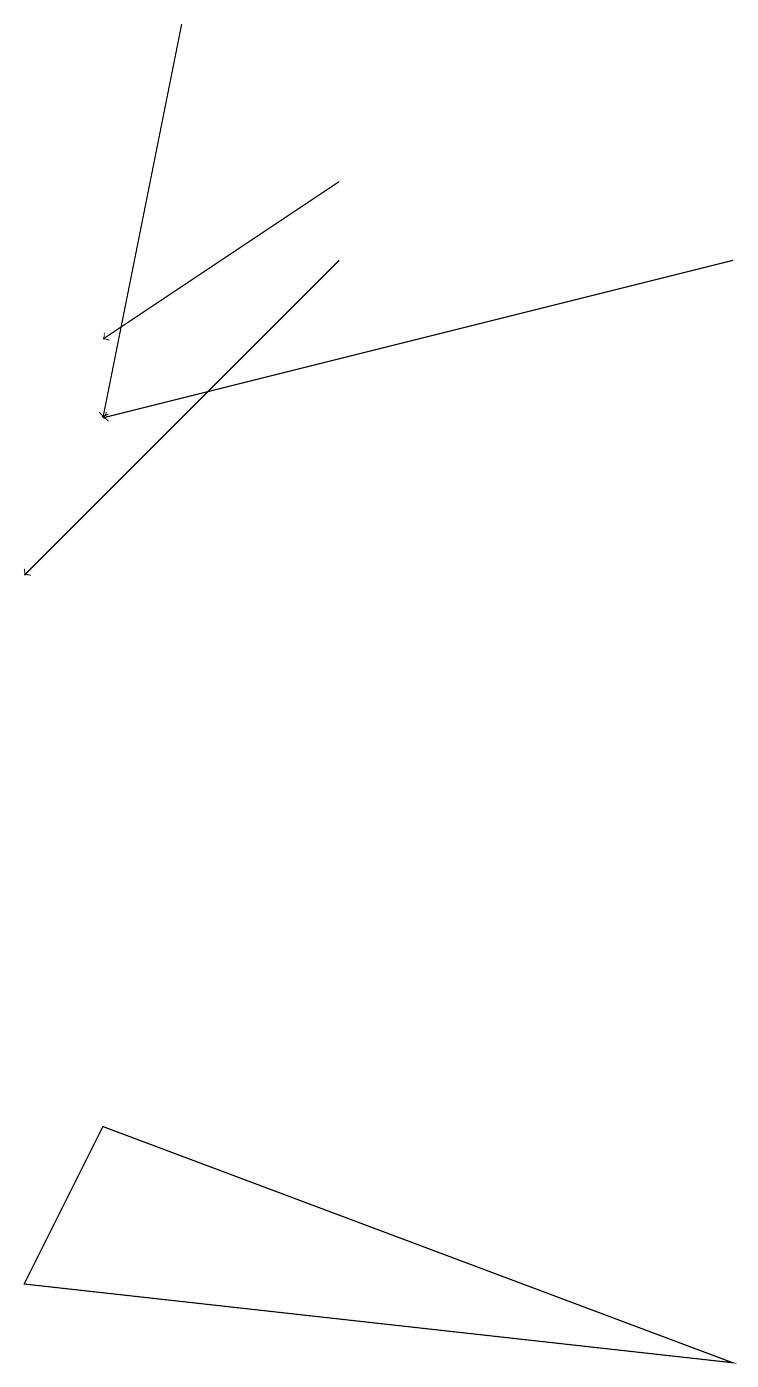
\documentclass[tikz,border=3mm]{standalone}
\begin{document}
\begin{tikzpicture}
\draw (0,1) -- (1,3) -- (9,0) -- cycle;
\draw[->] (4,15) -- (1,13);
\draw[->] (2,17) -- (1,12);
\draw[->] (4,14) -- (0,10);
\draw[->] (9,14) -- (1,12);
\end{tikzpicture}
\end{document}